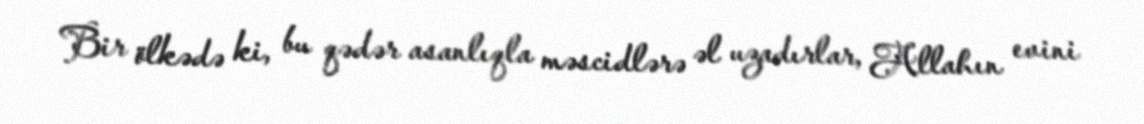
Bir ölkədə ki, bu qədər asanlıqla məscidlərə əl uzadırlar, Allahın evini